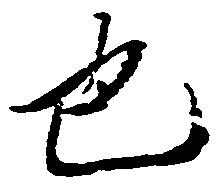
也